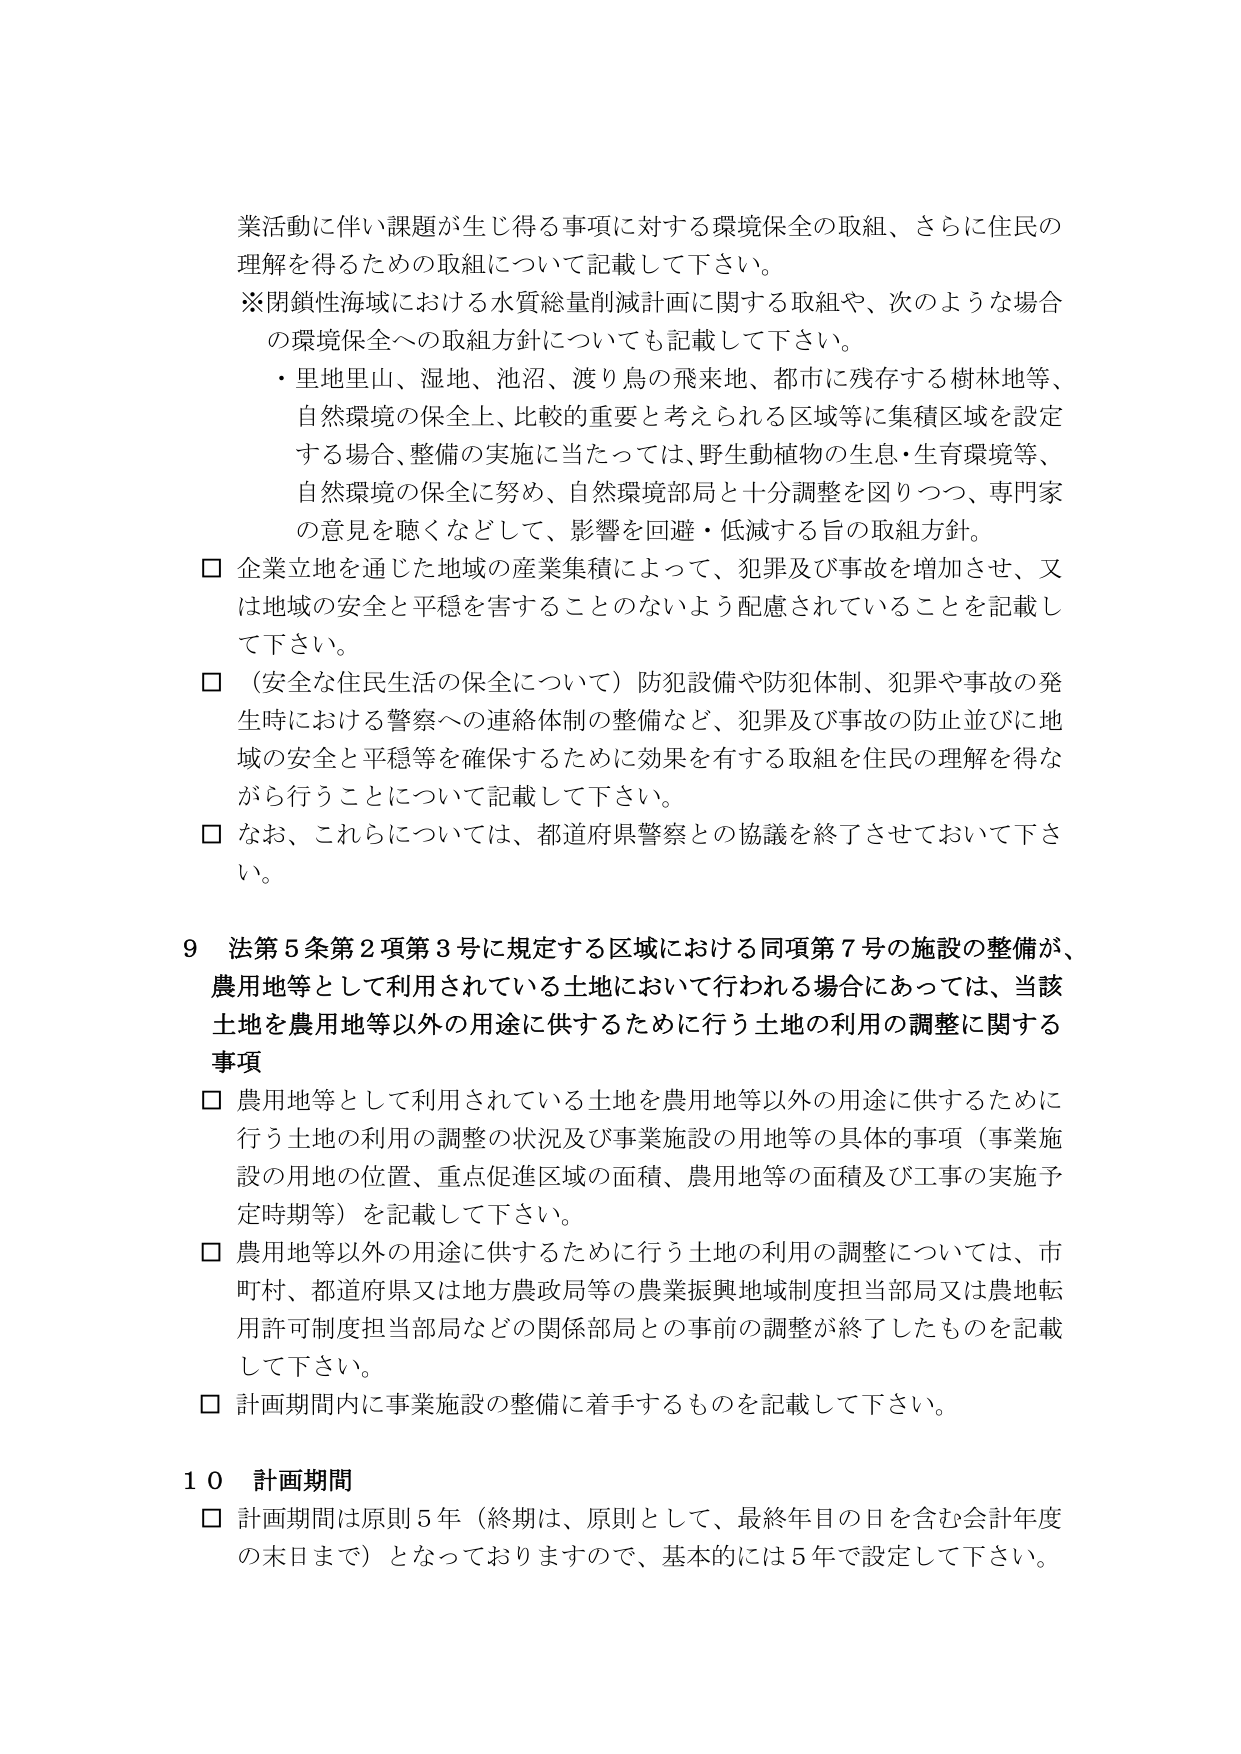
業活動に伴い課題が生じ得る事項に対する環境保全の取組、さらに住民の理解を得るための取組について記載して下さい。
※閉鎖性海域における水質総量削減計画に関する取組や、次のような場合の環境保全への取組方針についても記載して下さい。
・里地里山、湿地、池沼、渡り鳥の飛来地、都市に残存する樹林地等、自然環境の保全上、比較的重要と考えられる区域等に集積区域を設定する場合、整備の実施に当たっては、野生動植物の生息・生育環境等、自然環境の保全に努め、自然環境部局と十分調整を図りつつ、専門家の意見を聴くなどして、影響を回避・低減する旨の取組方針。
□ 企業立地を通じた地域の産業集積によって、犯罪及び事故を増加させ、又は地域の安全と平穏を害することのないよう配慮されていることを記載して下さい。
□ （安全な住民生活の保全について）防犯設備や防犯体制、犯罪や事故の発生時における警察への連絡体制の整備など、犯罪及び事故の防止並びに地域の安全と平穏等を確保するために効果を有する取組を住民の理解を得ながら行うことについて記載して下さい。
□ なお、これらについては、都道府県警察との協議を終了させておいて下さい。

９ 法第５条第２項第３号に規定する区域における同項第７号の施設の整備が、農用地等として利用されている土地において行われる場合にあっては、当該土地を農用地等以外の用途に供するために行う土地の利用の調整に関する事項
□ 農用地等として利用されている土地を農用地等以外の用途に供するために行う土地の利用の調整の状況及び事業施設の用地等の具体的事項（事業施設の用地の位置、重点促進区域の面積、農用地等の面積及び工事の実施予定時期等）を記載して下さい。
□ 農用地等以外の用途に供するために行う土地の利用の調整については、市町村、都道府県又は地方農政局等の農業振興地域制度担当部局又は農地転用許可制度担当部局などの関係部局との事前の調整が終了したものを記載して下さい。
□ 計画期間内に事業施設の整備に着手するものを記載して下さい。

１０ 計画期間
□ 計画期間は原則５年（終期は、原則として、最終年目の日を含む会計年度の末日まで）となっておりますので、基本的には５年で設定して下さい。